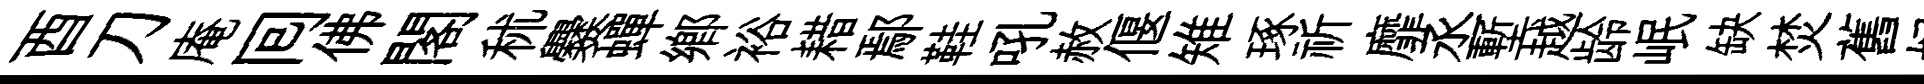
酉刀庵囘佛閣秫爨蟬郷裕耤鄢鞋吼赦偃雉琢祈靡丞塹越龄岷缺焚舊妃